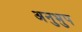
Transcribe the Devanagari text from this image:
अनुभुप